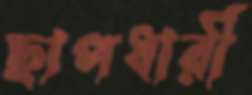
ছাপধারী